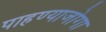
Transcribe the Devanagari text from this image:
पाहण्याजोगा